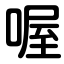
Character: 喔